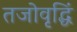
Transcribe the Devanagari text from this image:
तजोवृद्धिं